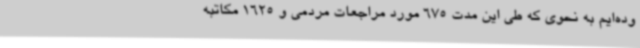
وده‌ایم به نحوی که طی این مدت 675 مورد مراجعات مردمی و 1625 مکاتبه